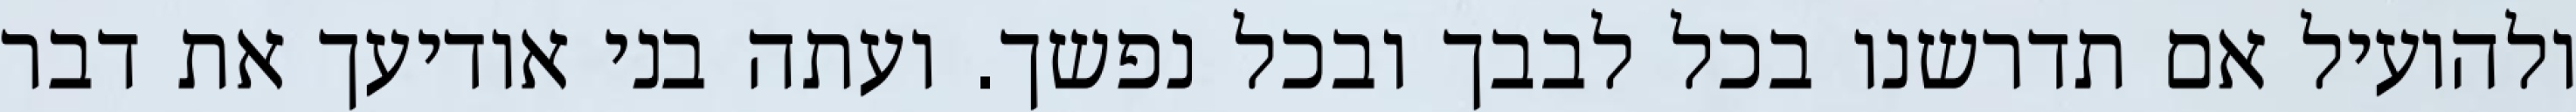
ולהועיל אם תדרשנו בכל לבבך ובכל נפשך. ועתה בני אודיעך את דבר